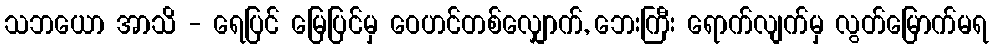
သဘယော အာသိ - ရေပြင် မြေပြင်မှ ဝေဟင်တစ်လျှောက်, ဘေးကြီး ရောက်လျက်မှ လွတ်မြောက်မရ